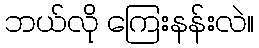
ဘယ်လို ကြေးနန်းလဲ။